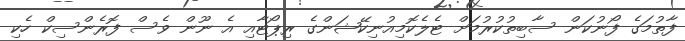
ފާތުމަގެ ފޯނުކަން ސާބިތުކުރުމަށް ޓެލެކޮމިއުނިކޭޝަންގެ ރިޕޯޓާއި އެ ނޫން ވެސް ފޮރެންސިކް ހެކި